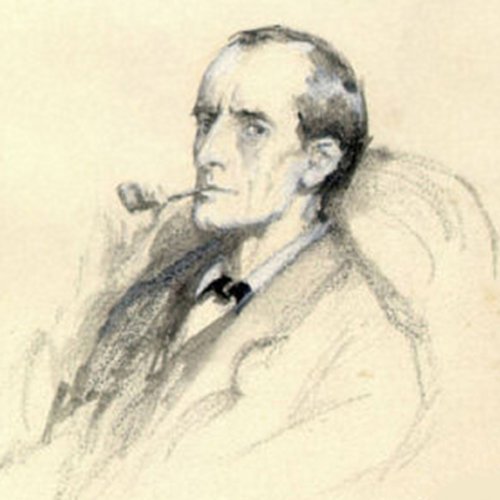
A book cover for The Memoirs of Sherlock Holmes; Arthur Conan Doyle; Literature & Fiction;